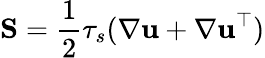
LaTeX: \mathbf{S}=\frac{1}{2}\tau_{s}(\nabla\mathbf{u}+\nabla\mathbf{u}^{\top})